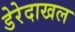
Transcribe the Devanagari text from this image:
डेरेदाखल